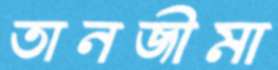
তানজীমা